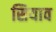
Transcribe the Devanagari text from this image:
सियाव